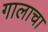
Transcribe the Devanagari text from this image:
गालाचा